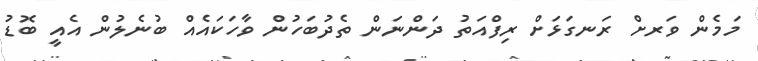
މަމެން ވަރށް ރަނގަޅަށް ރިފްއަތު ދަންނަން ތެދުބަހުން ވާހަކައެއް ބުނެލުން އެއީ ބޮޑު